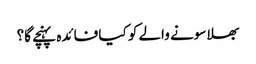
بھلا سونے والے کو کیا فائدہ پہنچے گا؟